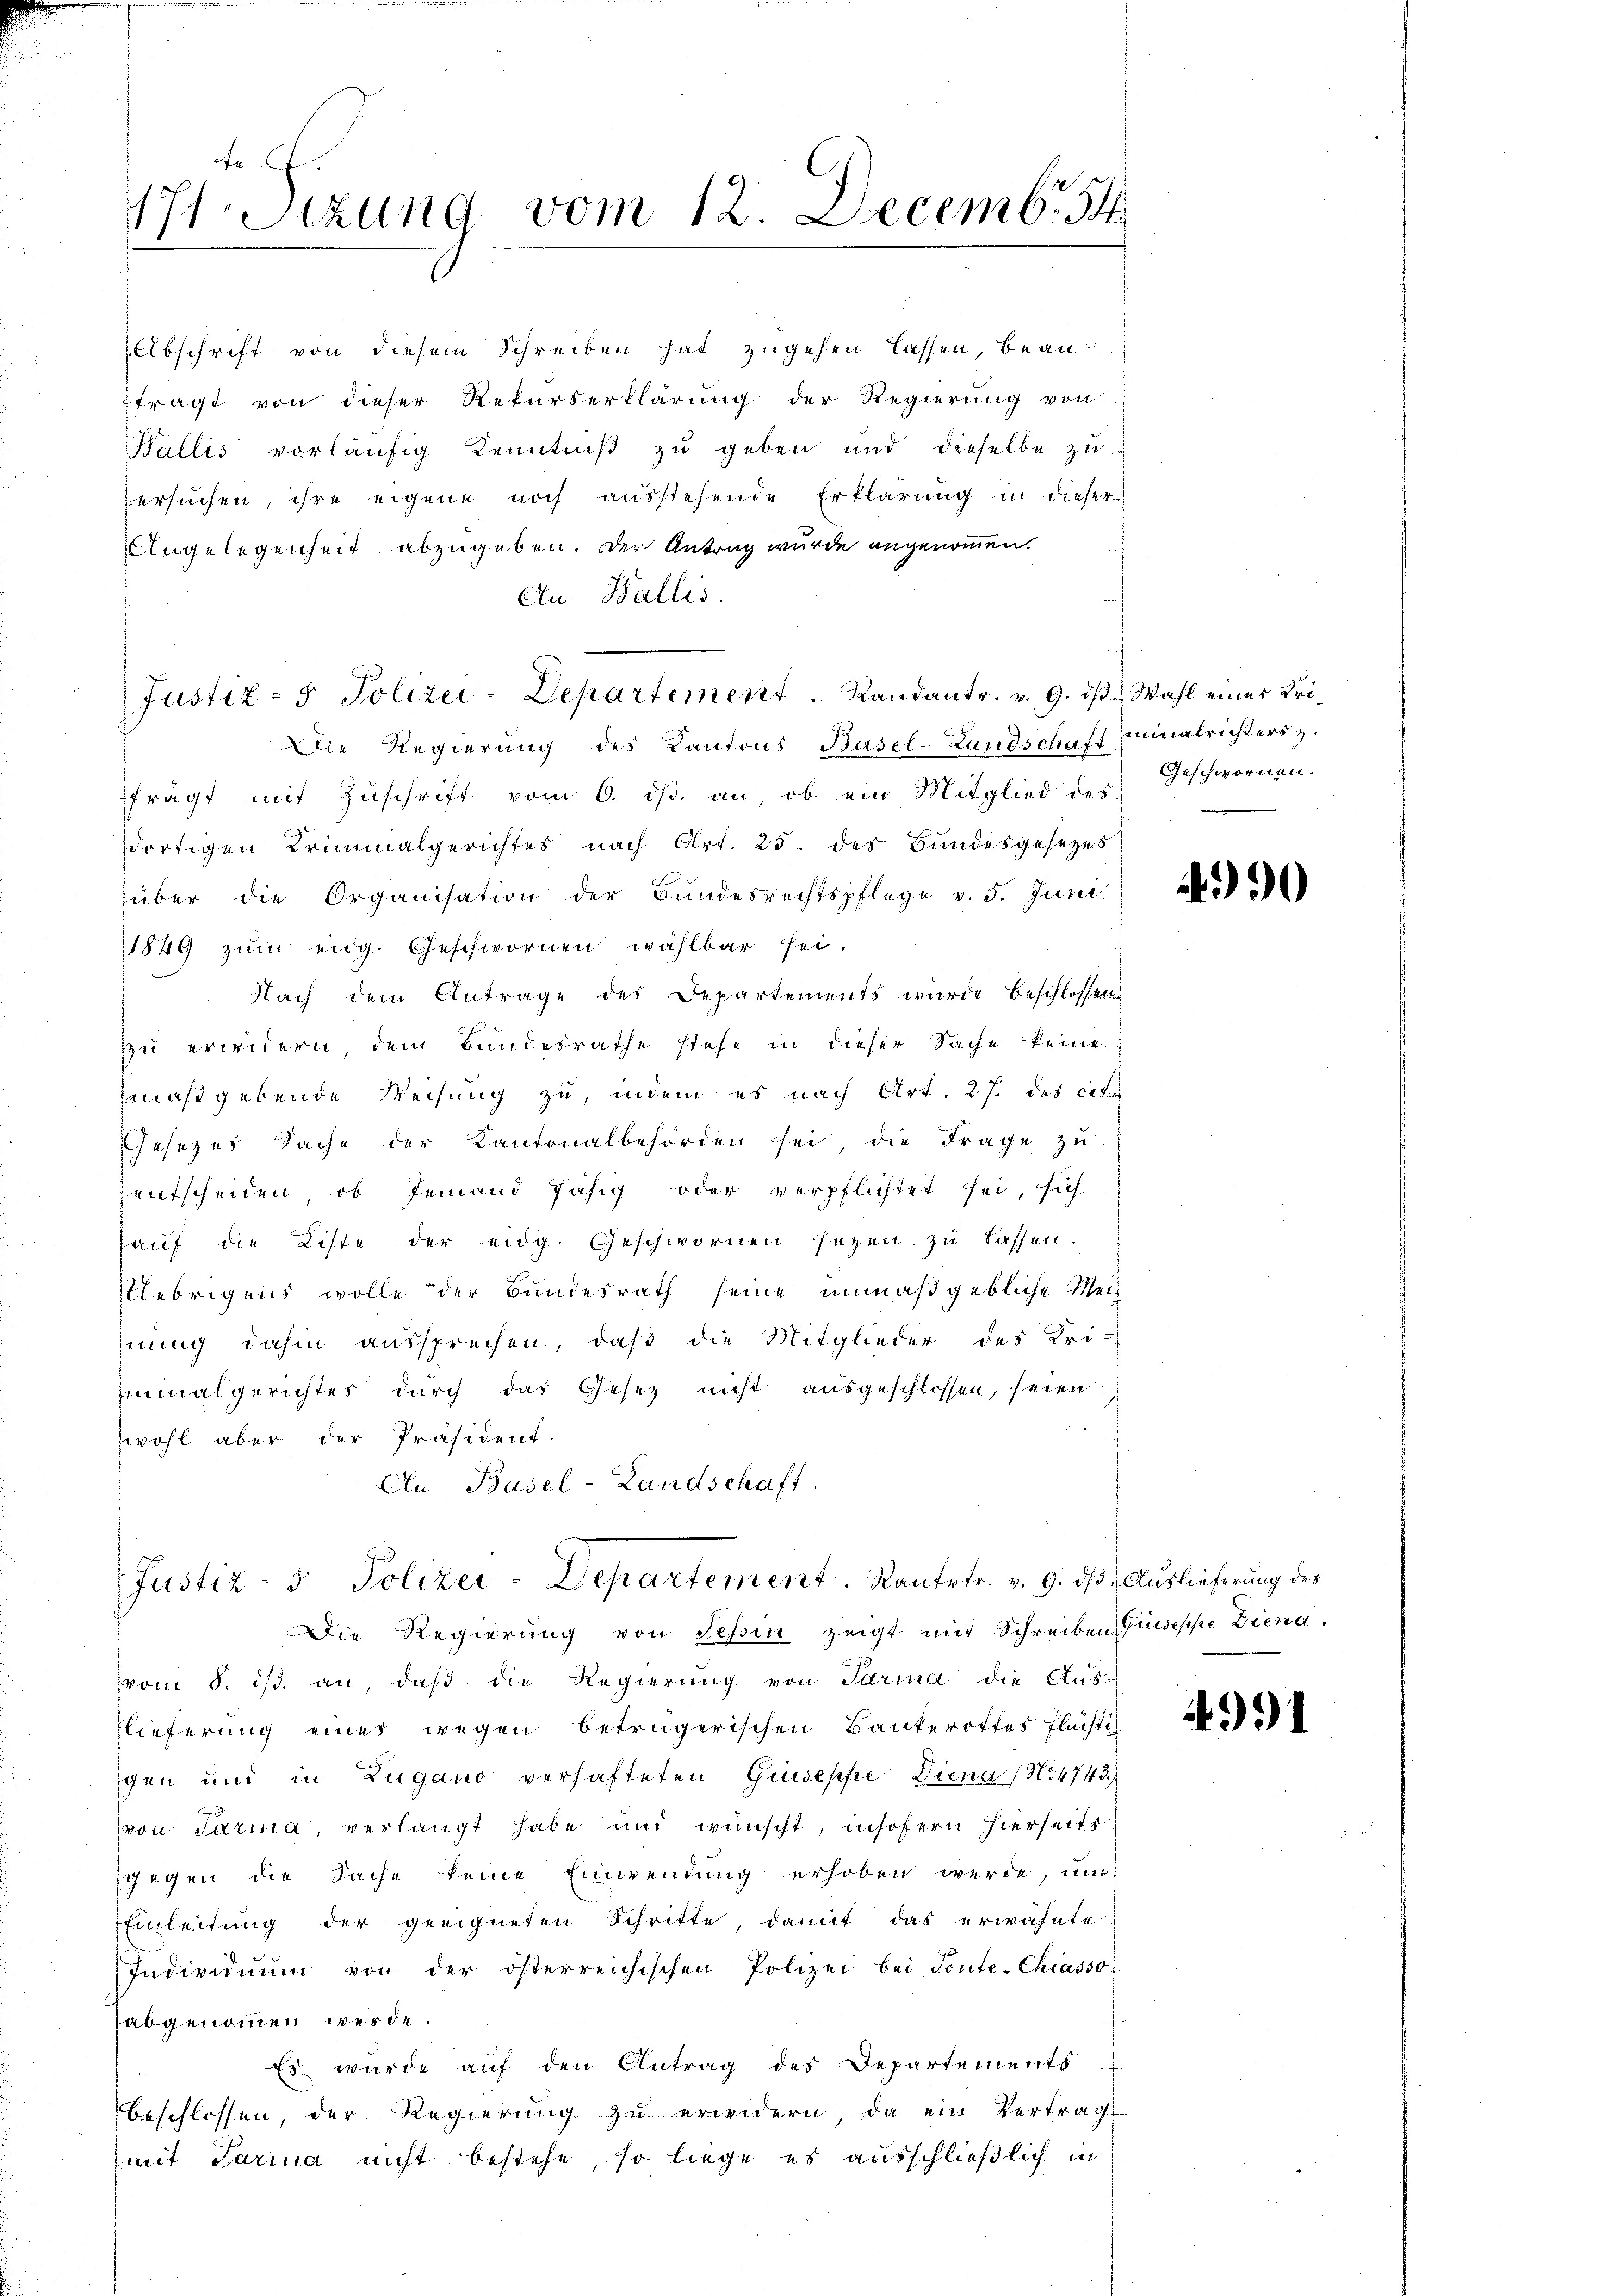
171. Sizung vom 12. Decemb. 54.
1

Abschrift von diesem Schreiben hat zugehen lassen, bean-
tragt von dieser Rekurserklärung der Regierŭng von
Wallis vorläufig Kenntniß zu geben und dieselbe zu
ersuchen, ihre eigene noch ausstehende Erklärung in dieser
Angelegenheit abzugeben. Der Antrag wurde angenommen.
An Wallis.
Die Regierŭng des Kantons Basel-Landschaft minalrichters z.
frägt mit Zŭschrift vom 6. ds. an ob ein Mitglied des
dortigen Trinialgerichtes nach Art. 25. des Bundesgesetzes
über die Organisation der Bŭndesrechtspflege v. 5. Juni
1849 zŭm eidg. Geschwornen wählbar sei.
Nach dem Antrage des Departements wurde beschlossen:
zu erwidern dem Bundesrathe stehe in dieser Sache keine
zmaßgebende Weisung zu, indem es nach Art. 27. des cit
Gesetzes Sache der Kantonalbehörden sei, die Frage zŭ
 entscheiden, ob Jemand fähig oder verpflichtet sei, sich
hauf die Liste der eidg. Geschwornen seyen zu lassen.
Uebrigens wolle der Bundesrath seine unmaßgebliche Mech
hnung dahin aussprechen, daβ die Mitglieder des Uri-
minalgerichtes durch das Gesez nicht ausgeschlossen, seien
wohl aber der Präsident.
An Basel-Landschaft.

Justiz- & Polizei-Departement. Randantr. v. 9. dβ. Wahl eines Uri¬

Justiz- 5. Polizei-Departement. Kantetr. v. 9. d.

Geschwornen.

Die Regierung von Tessin zeigt mit Schreiben Giuseppe Diena
vvom 8. ds. an, daß die Regierung von Parina die Aus-
lieferung eines wegen beträgerischen Bankerottes Flächti-
igen und in Zugano verhafteten Giuseppe Diena (N. 4743.
von Jarma, verlangt habe und wünscht, insofern hierseits
gegen die Sache keine Einwendung erhoben werde, um
Einleitung der geeigneten Schritte, damit das erwähnte
Individuum von der österreichischen Polizei bei Ponte-Chiasso
abgenommen werde.
Es wurde auf den Antrag des Departements
beschlossen, der Regierŭng zŭ erwidern, da ein Vertrag
(mit Tarina nicht bestehe, so liege es ausschließlich in

990

73. Auslieferung des

991